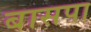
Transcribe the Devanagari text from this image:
बासपा